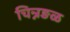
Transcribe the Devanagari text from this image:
चिन्नङळ